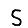
Digit: 5